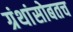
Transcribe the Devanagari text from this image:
ग्रंथांसोबतच